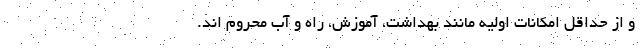
و از حداقل امکانات اولیه مانند بهداشت، آموزش، راه و آب محروم اند.